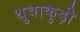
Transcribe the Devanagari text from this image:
थुवाकुड़ी